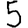
Digit: 5